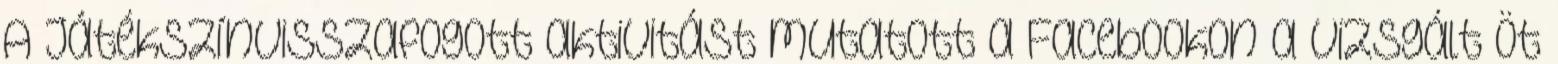
A Játékszínvisszafogott aktivitást mutatott a Facebookon a vizsgált öt